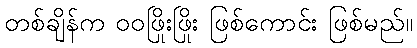
တစ်ချိန်က ဝဝဖြိုးဖြိုး ဖြစ်ကောင်း ဖြစ်မည်။